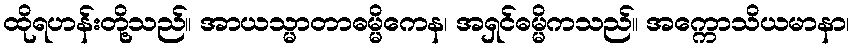
ထိုရဟန်းတို့သည်။ အာယသ္မာတာဓမ္မိကေန၊ အရှင်ဓမ္မိကသည်။ အက္ကောသိယမာနာ၊